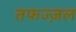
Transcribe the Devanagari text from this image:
तफज्ज़ल